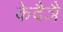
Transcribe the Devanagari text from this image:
केदैञै